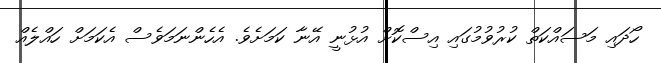
ހޯދައި މަސައްކަތް ކުރުވުމުގައި އިސްކޮށް އުޅުނީ އޭނާ ކަމަށެވެ. އެހެންނަމަވެސް އެކަމަށް ހައްލެއް